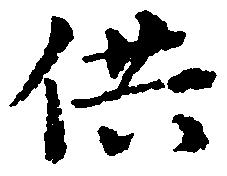
供